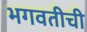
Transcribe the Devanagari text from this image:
भगवतीची